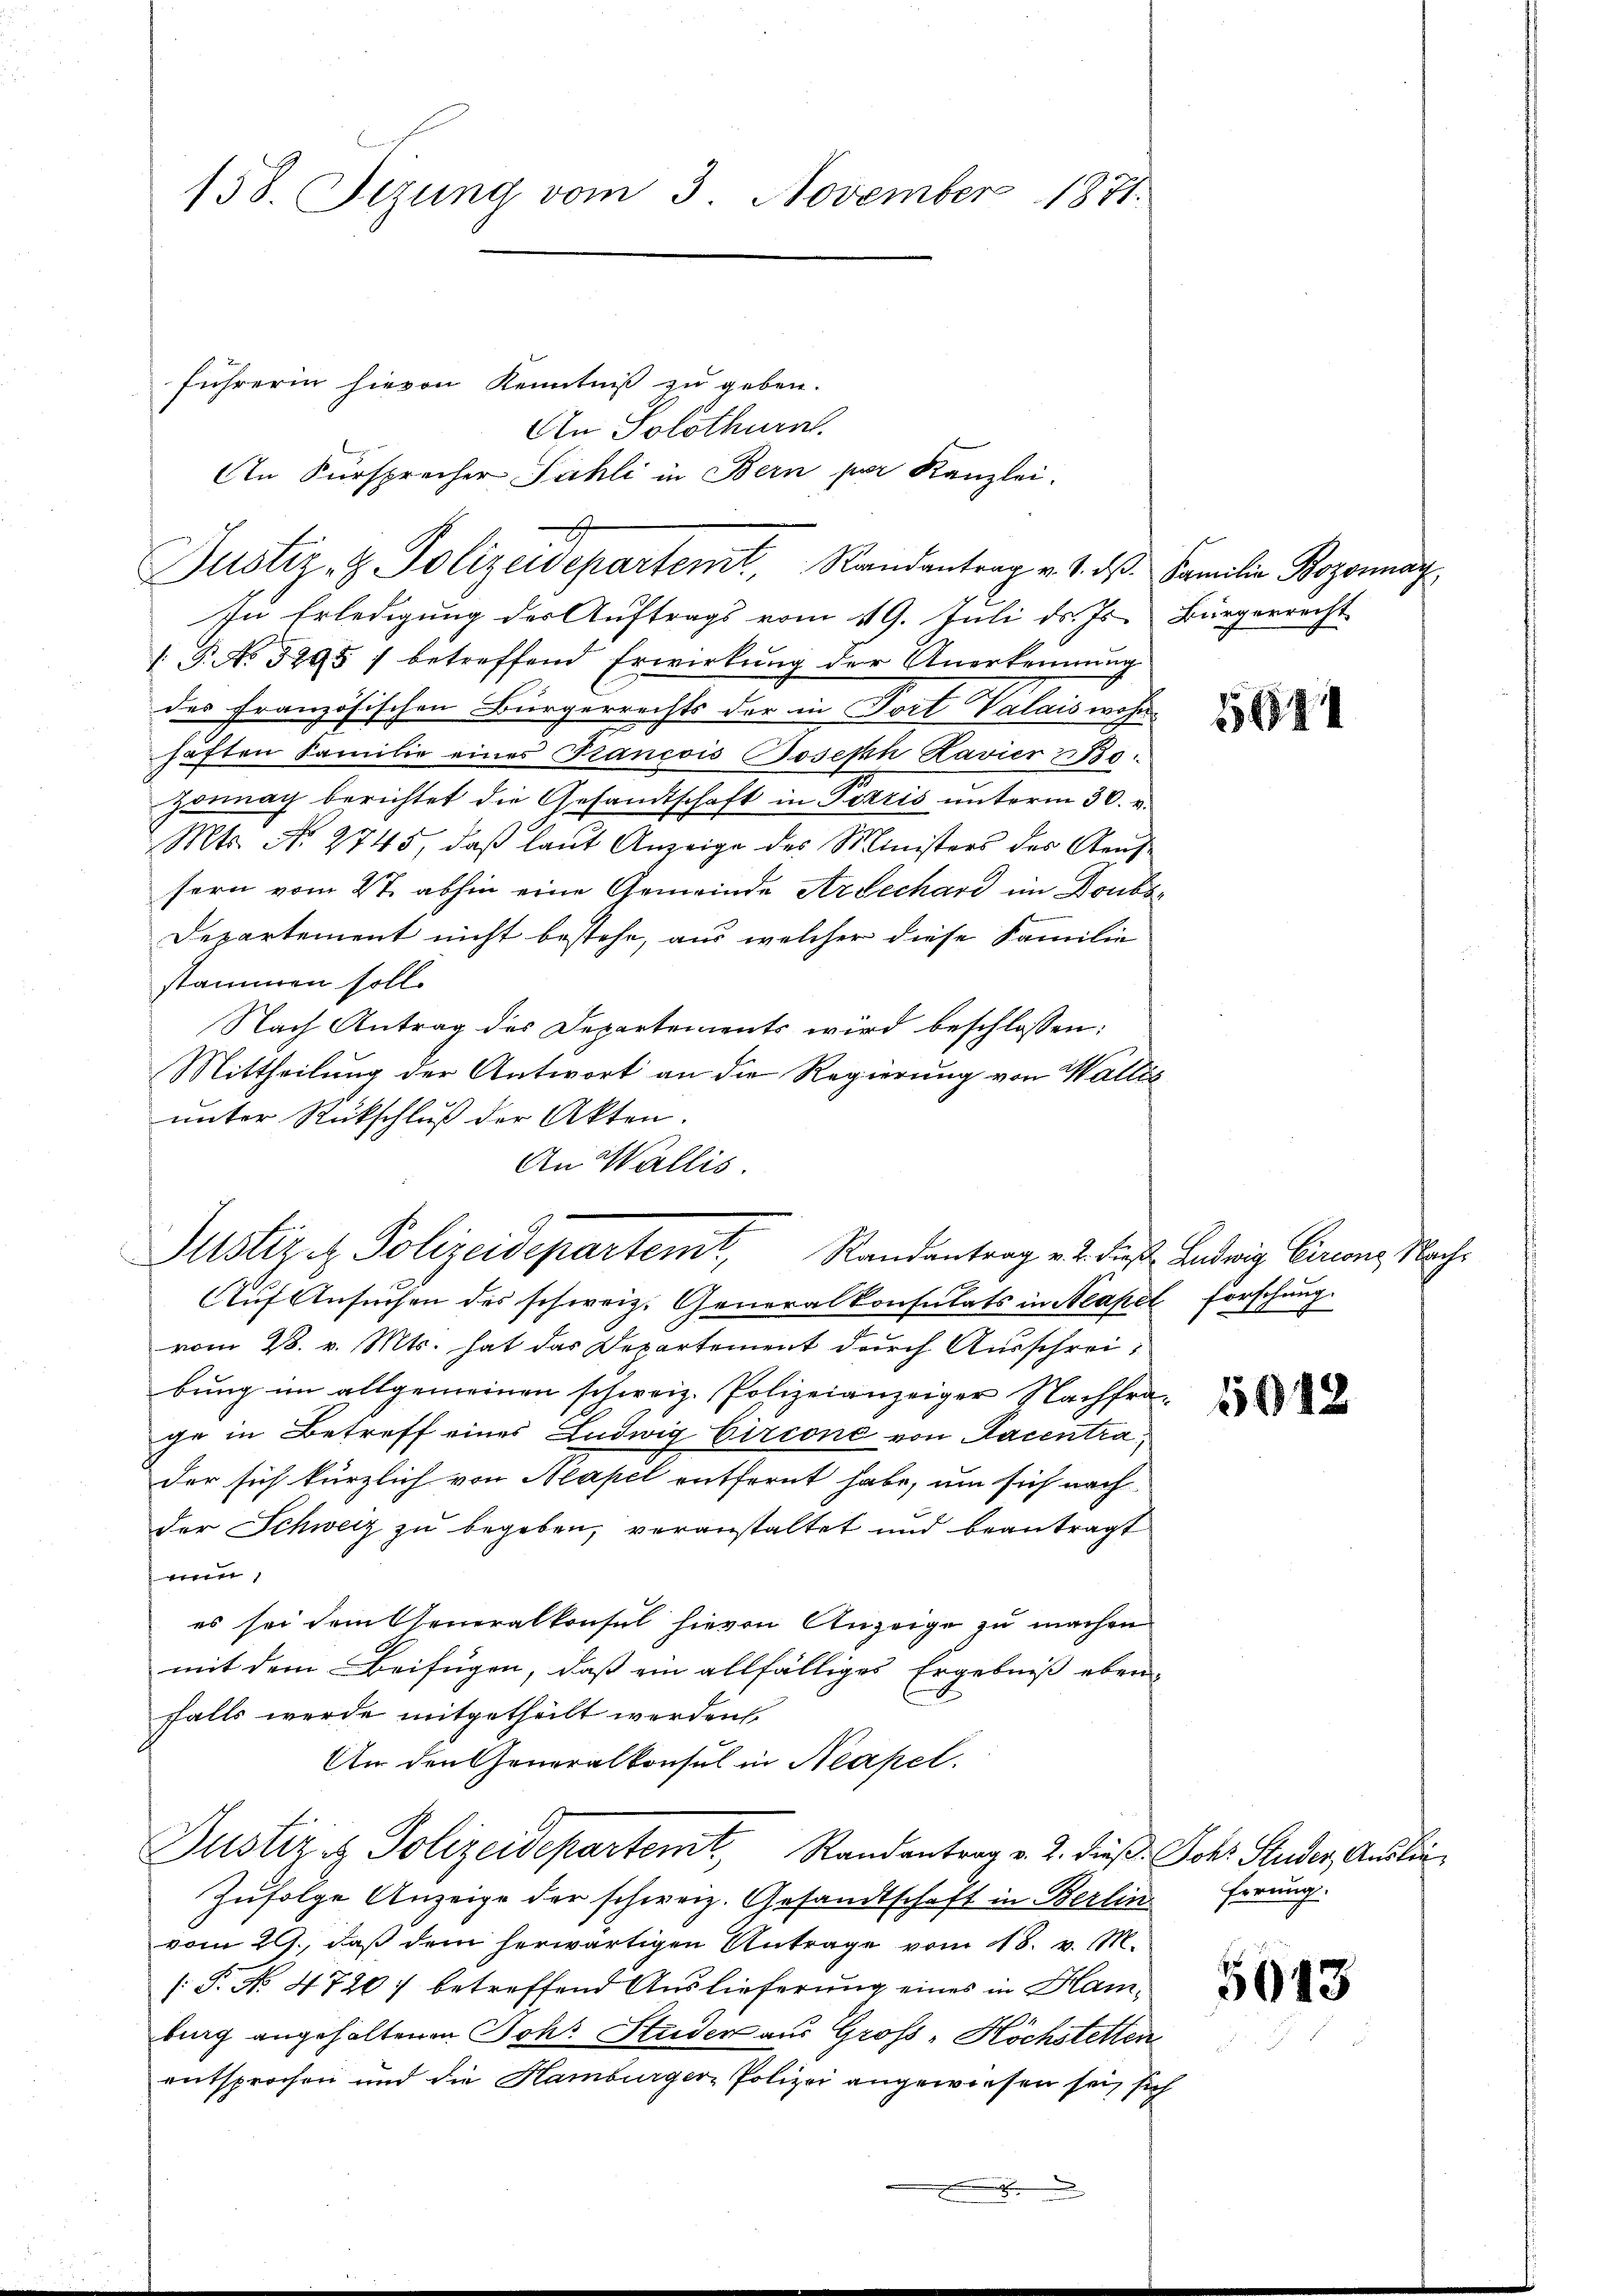
158. Sezung vom 3. November 1871.

Justiz- & Polizeidepartemt. Randantrag v. 1. dβ. Familie Bozonag

führerin hievon Kenntniß zu geben.

An Solothurn.
An Fürsprecher Sahli in Bern par Kanzlei.

In Erledigung der Auftrags vom 119. Juli d. Js. Bürgerrecht
P No 5295) betreffend Erwirkung der Anerkennung
des französischen Bürgerrechts der in Fort Valais wohnhäften Familie eines Francois Joseph Kavier  Bo
zonnach berichtet die Gesandtschaft in Gezzis unterm 30. v.
Mts. No. 2745, daß laut Anzeige des Ministers des Aeufsern vom 27. abhin eine Gemeinde Armechard im Doubo¬
Departement nicht bestehe, aus welcher diese Familie
stammen soll.
Nach Antrag des Departements wird beschlossen:
Mittheilung der Antwort an die Regierung von Wallis
unter Rückschluß der Akten.
An Wallis.

Justiz & Polizeidepartemt, Randantrag v. 2. diese Ludwig Circons Nach¬

Auf Ansuchen des schweiz. Generalkonsulats in Neapel forschung
vom 28. v. Mts. hat das Departement durch Ausschreibung im allgemeinen schweiz. Polizeianzeiger Nachfra
ge in Betreff eines Ludwig Circoni von Sacentra
der sich kürzlich von Neapel entfernt habe, um sich nach
der Schweiz zu begeben, veranstaltet und beantragt
,
es sei dem Generalkonsul hievon Anzeige zu machen
mit dem Beifügen, daß ein allfälliges Ergebniß eben-
falls werde mitgetheilt werden
An den Generalkonsul in Neapel.
Justiz & Polizeidepartent Randantrag v. 2. dieß Johs. Studer, Auslie¬
Zufolge Anzeige der schweiz. Gesandtschaft in Berlin
vom 29., daß dem herwärtigen Antrage vom 18. v. M.
[T. No. 4720) betreffend Auslieferung eines in Hamburg angehaltenen Joh. Studen aus Groß-Höchstetten
entsprochen und die Hamburger Polizei angewiesen sei, sich

5641

5018

Errung.

5643